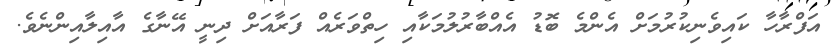
އަފްރާހާ ކައިވެނިކުރުމަށް އެންމެ ބޮޑު އެއްބާރުލުމަކާއި ހިތްވަރެއް ފަރާއަށް ދިނީ އޭނާގެ އާއިލާއިންނެވެ.